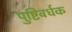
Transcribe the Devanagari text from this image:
पुष्टिवर्धक